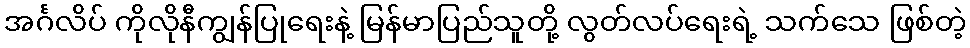
အင်္ဂလိပ် ကိုလိုနီကျွန်ပြုရေးနဲ့ မြန်မာပြည်သူတို့ လွတ်လပ်ရေးရဲ့ သက်သေ ဖြစ်တဲ့